Report of the Municipal Commissioner on the plague in Bombay for the year ending 31st May... - Volume 1
Disease focus: Plague
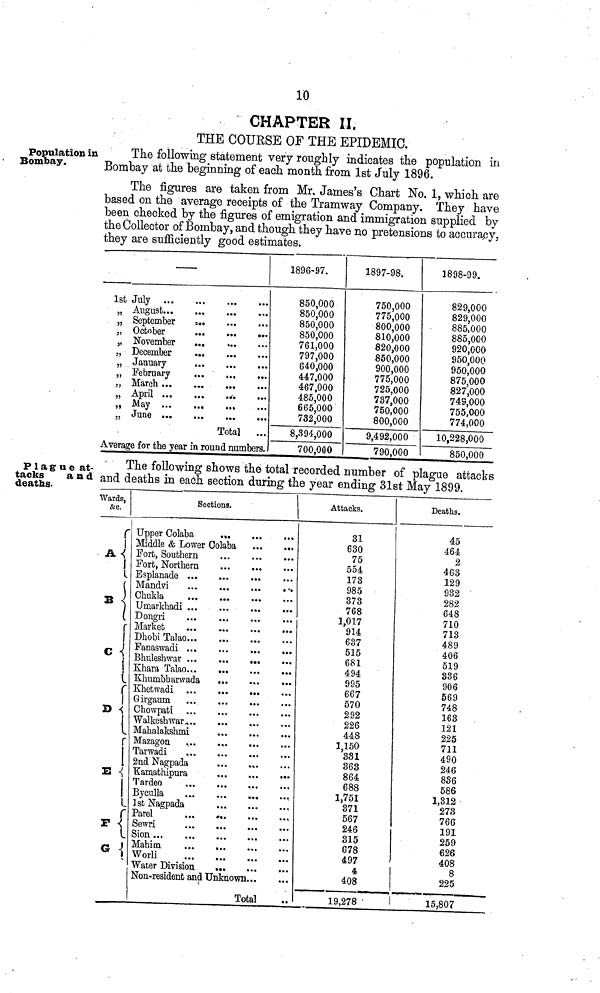
10
CHAPTER II.
THE COURSE OF THE EPIDEMIC.
Population in
Bombay.
The following statement very roughly indicates the population in
Bombay at the beginning of each month from 1st July 1896.
The figures are taken from Mr. James's Chart No. 1, which are
based on the average receipts of the Tramway Company. They have
been checked by the figures of emigration and immigration supplied by
the Collector of Bombay, and though they have no pretensions to accurapy,
they are sufficiently good estimates.
1st
})
})
5>
»
J)
})
5J
»»
55
July ...
September
October
November
December
January
February
May ...
=
.
•
•
.
.
...
•••
...
•••
...
...
Total
...
•••
...
...
...
...
...
Average for the year in round numbers.
1896-97.
850,000
850,000
850,000
850,000
761,000
797,000
640,000
447,000
467,000
485,000
665,000
732,000
8,394,000
700,000
1897-98.
750,000
775,000
800,000
810,000
820,000
850,000
900,000
775,000
725,000
737,000
750,000
800,000
9,492,000
790,000
1898-99.
829,000
829,000
885,000
885,000
920,000
950,000
950,000
875,000
827,000
749,000
755,000
774,000
10,228,000
850,000
Plague at-
tacks
and
deaths.
The following shows the total recorded number of plague attacks
and deaths in eadh section during the year ending 31st May 1899.
Wards,
&c.
A
B
C
D
E
P
0
r
<
1
I
(
)
)
(
r
\
\
i
c
\
<(
i _
r
1
• {
J
i
c
<
i
•j
Seel
Upper Colaba
dona.
«»•
Middle & Lower Oolaba
Fort, Southern
Fort, Northern
Esplanade ...
Mandvi
Ckukla
Unaarkuadi ...
Dongri
Dhobi Talao...
Fanaswadi ...
Khara Talao...
Khnmbbarwada
Khetwadi
Girgaum
Walkeshwar...
Mahalakshmi
Mazagou
Tarwadi
2nd Nagpada
TCamathipura
Tardeo
Byculla
JsbNagpada
Parel
Sion ...
Mahim
Worli
Water Division
...
...
...
••«
...
...
...
...
*«.
...
...
...
...
...
...
...
...
...
...
...
Non-resident and Unknown...
Total
••i
...
...
• *.
•••
...
...
•••
...
...
...
-•
Attacks.
31
630
75
554
173
985
373
768
1,017
914
637
515
681
494
995
667
570
292
226
448
1,150
331
363
864
688
1,751
371
567
246
315
678
497
4
408
19,278
Deaths.
45
464
2
463
129
932
282
648
710
713
489
406
519
336
906
569
748
163
121
225
711
490
246
836
586
1,312
273
76G
191
259
626
'
408
8
225
!
15,807